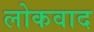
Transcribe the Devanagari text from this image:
लोकवाद